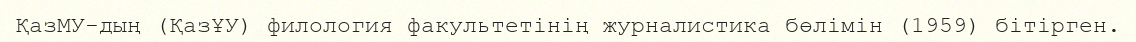
ҚазМУ-дың (ҚазҰУ) филология факультетінің журналистика бөлімін (1959) бітірген.